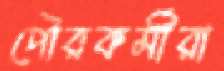
পৌরকর্মীরা